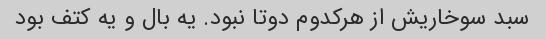
سبد سوخاریش از هرکدوم دوتا نبود. یه بال و یه کتف بود